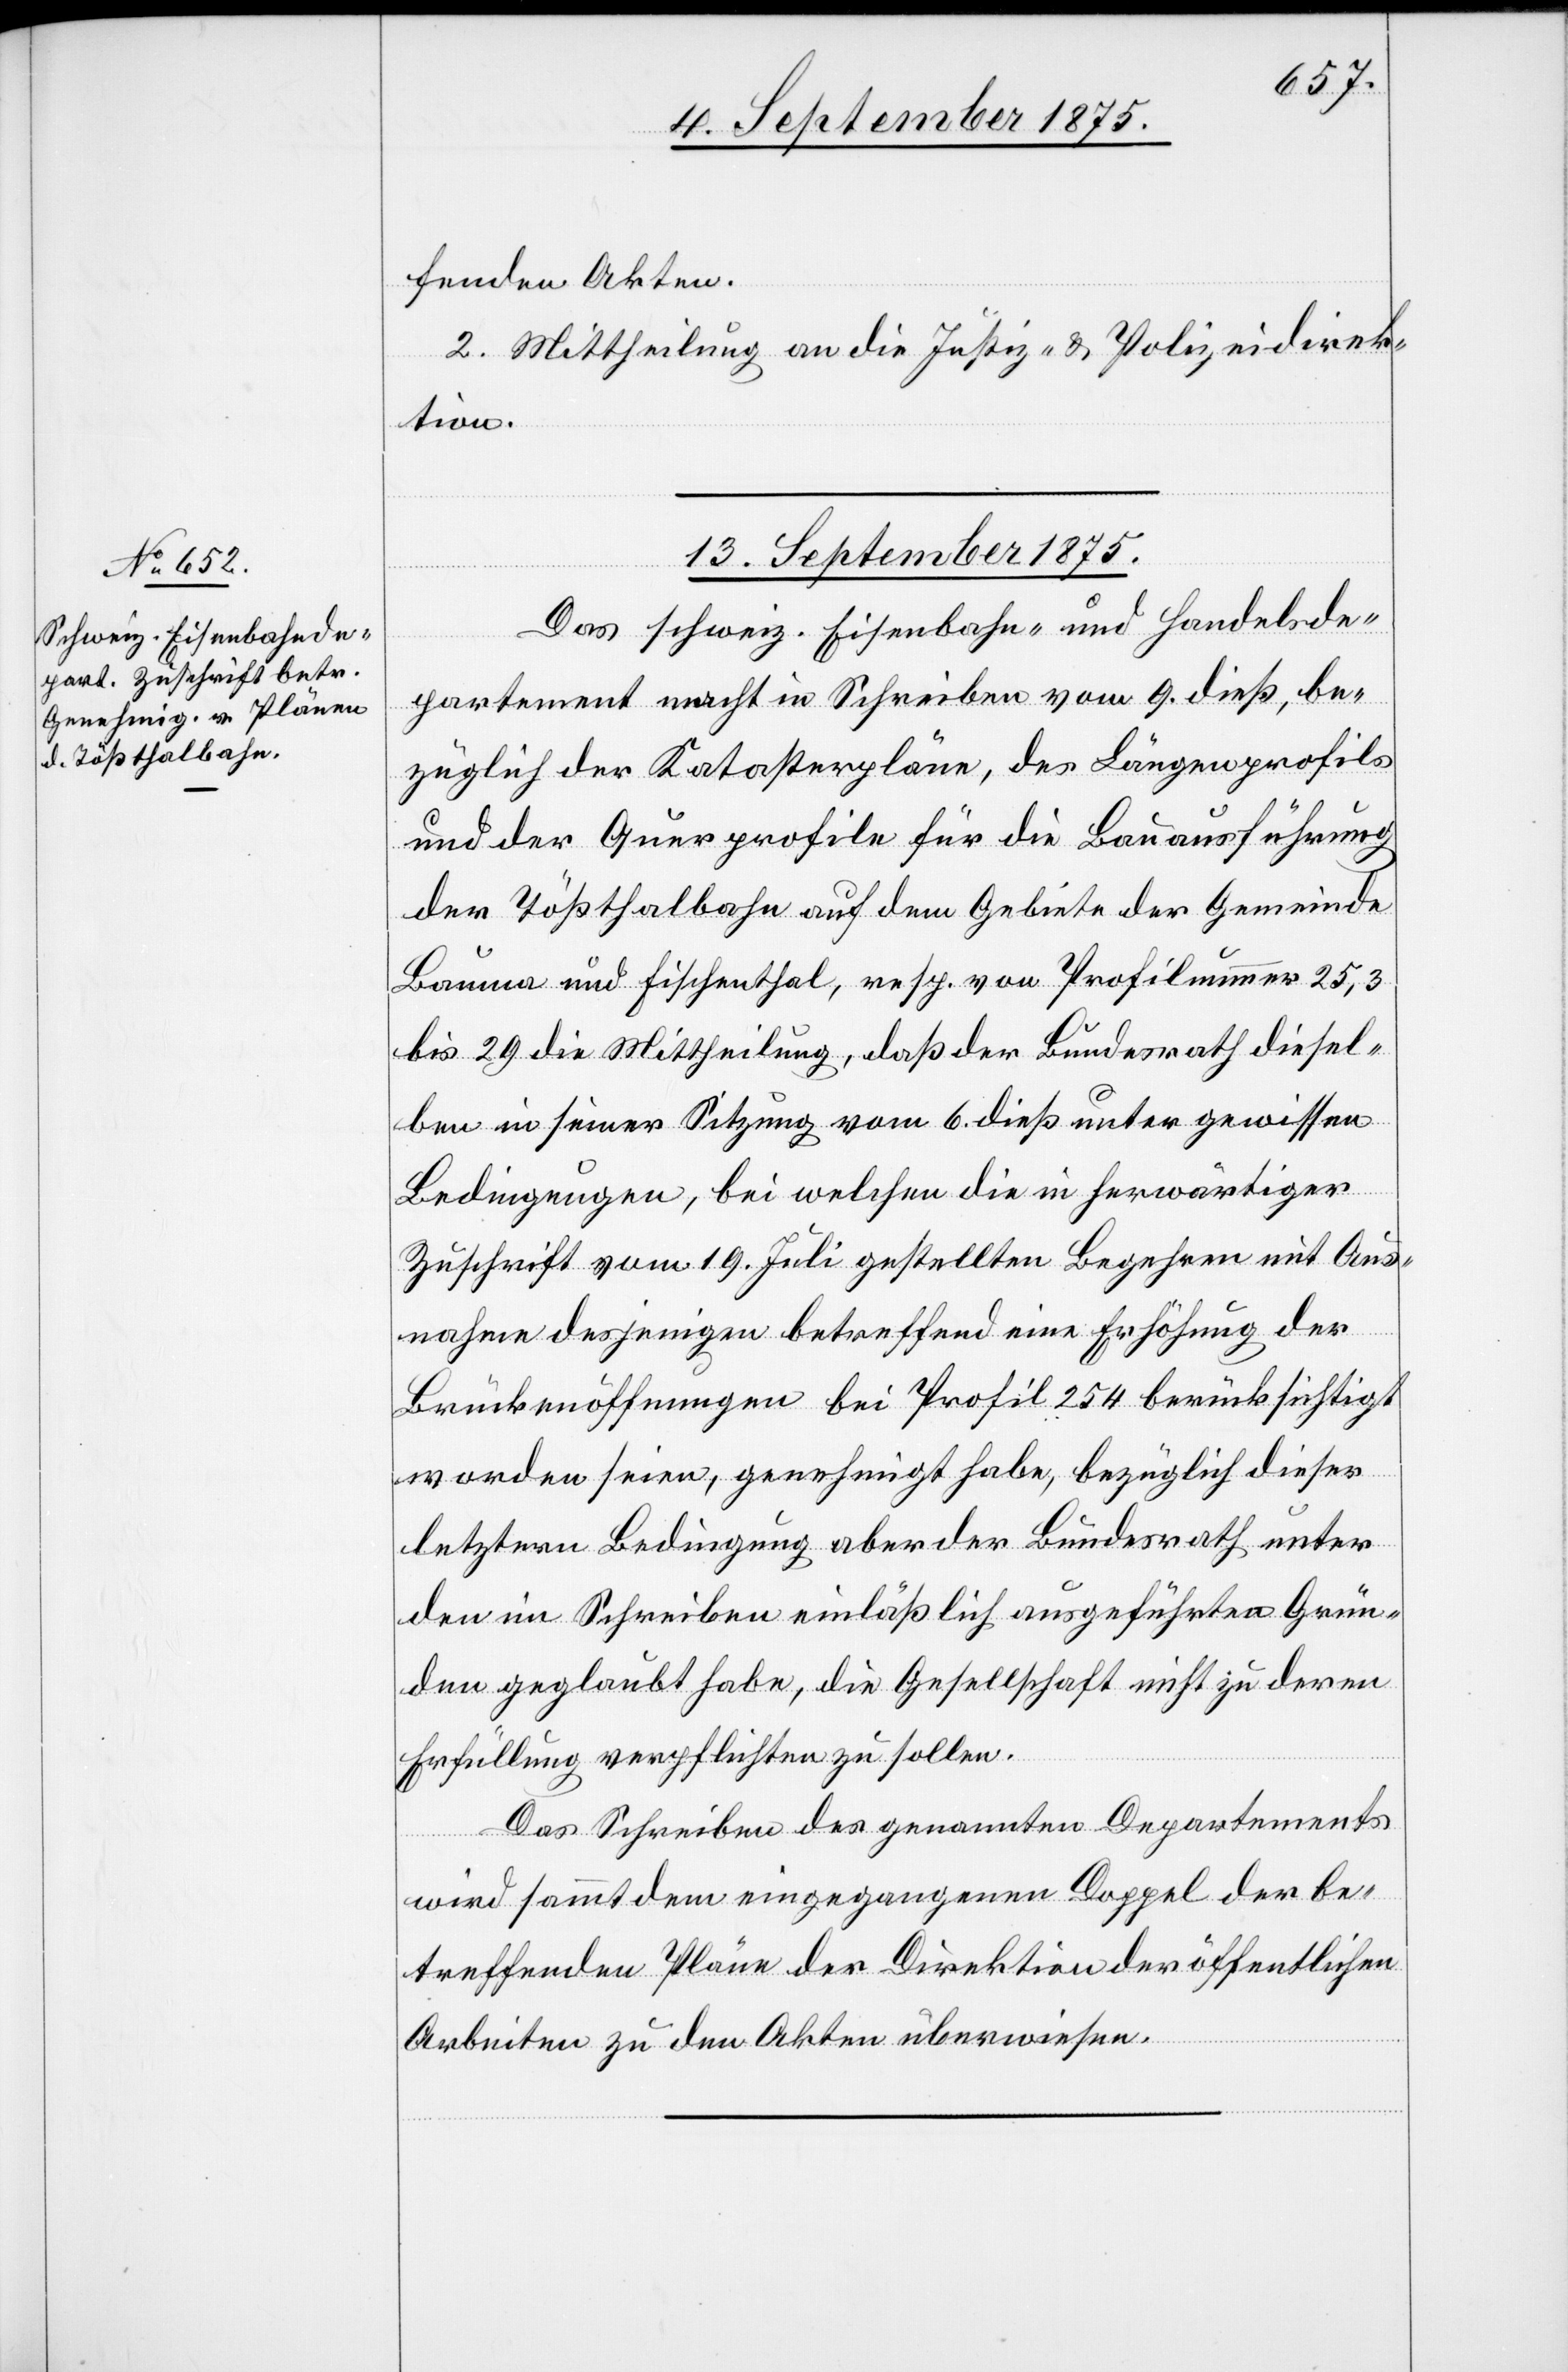
fenden Akten.
2. Mittheilung an die Justiz- & Polizeidirek¬
tion.
13. September 1875.
Das schweiz. Eisenbahn- und Handelsde¬
partement macht mit Schreiben vom 9. dieß, be¬
züglich der Katasterpläne, des Längenprofils
und der Querprofile für die Bauausführung
der Tößthalbahn auf dem Gebiete der Gemeinde
Bauma und Fischenthal, resp. von Profilnummer 25,3
bis 29 die Mittheilung, daß der Bundesrath diesel¬
ben in seiner Sitzung vom 6. dieß unter gewissen
Bedingungen, bei welchen die in herwärtiger
Zuschrift vom 19. Juli gestellten Begehren mit Aus¬
nahme desjenigen betreffend eine Erhöhung der
Brückenöffnung bei Profil 254 berücksichtigt
worden seien, genehmigt habe, bezüglich dieser
letztern Bedingung aber der Bundesrath unter
den im Schreiben einläßlich ausgeführten Grün¬
den geglaubt habe, die Gesellschaft nicht zu deren
Erfüllung verpflichten zu sollen.
Das Schreiben des genannten Departements
wird sammt dem eingegangenen Doppel der be¬
treffenden Pläne der Direktion der öffentlichen
Arbeiten zu den Akten überwiesen.